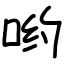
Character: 哟